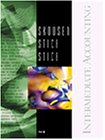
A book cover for Intermediate Accounting with Becker CPA Review CD-ROM; Fred Skousen; Business & Money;